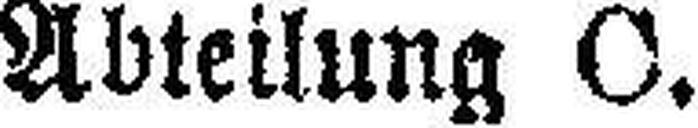
Abteilung C.